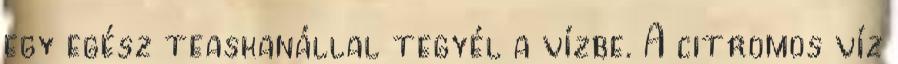
egy egész teaskanállal tegyél a vízbe. A citromos víz